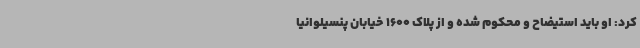
کرد: او باید استیضاح و محکوم شده و از پلاک 1600 خیابان پنسیلوانیا